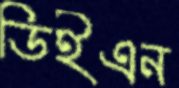
ডিইএন